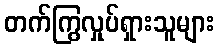
တက်ကြွလှုပ်ရှားသူများ